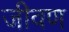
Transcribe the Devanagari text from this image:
जीवण